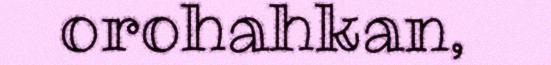
orohahkan,